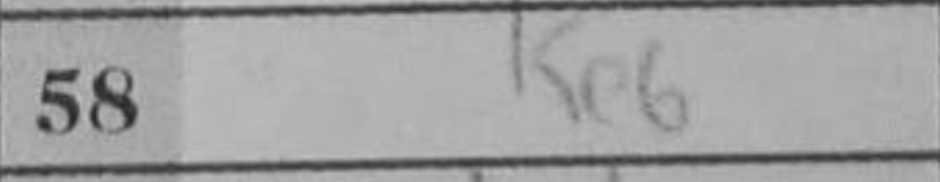
Transcription: Ke6